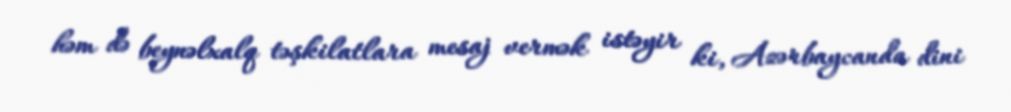
həm də beynəlxalq təşkilatlara mesaj vermək istəyir ki, Azərbaycanda dini